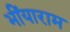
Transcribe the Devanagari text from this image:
भींयाराम